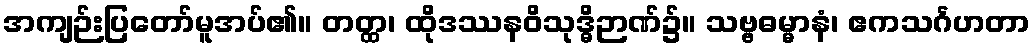
အကျဉ်းပြတော်မူအပ်၏။ တတ္ထ၊ ထိုဒဿနဝိသုဒ္ဓိဉာဏ်၌။ သဗ္ဗဓမ္မာနံ၊ ဧကသင်္ဂဟတာ